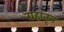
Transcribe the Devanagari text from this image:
ग्रहातून